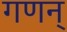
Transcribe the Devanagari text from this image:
गणन्